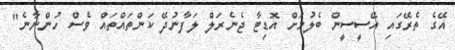
އޭގެ ތެރޭގައި އޭސީސީން ބެލުމަށް އޮޑިޓާ ޖެނެރަލް ލަފާނުދޭ ކަންތައްތައް ވެސް ހުންނާނެ"